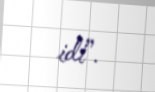
idi”.